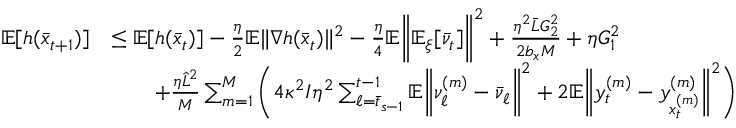
\begin{array} { r l } { \mathbb { E } [ h ( \bar { x } _ { t + 1 } ) ] } & { \leq \mathbb { E } [ h ( \bar { x } _ { t } ) ] - \frac { \eta } { 2 } \mathbb { E } \| \nabla h ( \bar { x } _ { t } ) \| ^ { 2 } - \frac { \eta } { 4 } \mathbb { E } \bigg \| \mathbb { E } _ { \xi } [ \bar { \nu } _ { t } ] \bigg \| ^ { 2 } + \frac { \eta ^ { 2 } \bar { L } G _ { 2 } ^ { 2 } } { 2 b _ { x } M } + \eta G _ { 1 } ^ { 2 } } \\ & { \qquad + \frac { \eta \hat { L } ^ { 2 } } { M } \sum _ { m = 1 } ^ { M } \bigg ( 4 \kappa ^ { 2 } I \eta ^ { 2 } \sum _ { \ell = \bar { t } _ { s - 1 } } ^ { t - 1 } \mathbb { E } \bigg \| \nu _ { \ell } ^ { ( m ) } - \bar { \nu } _ { \ell } \bigg \| ^ { 2 } + 2 \mathbb { E } \bigg \| y _ { t } ^ { ( m ) } - y _ { x _ { t } ^ { ( m ) } } ^ { ( m ) } \bigg \| ^ { 2 } \bigg ) } \end{array}